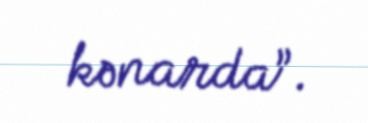
kənarda”.